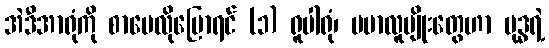
အဲဒီအာရုံကို စာပေလိုပြောရင် (၁) ရူပါရုံ၊ ဗမာလူမျိုးတွေဟာ ဗုဒ္ဓရဲ့